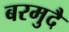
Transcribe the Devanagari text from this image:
बरमुदै